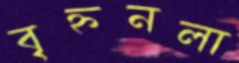
বৃহ্ননলা